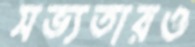
সভ্যতারও